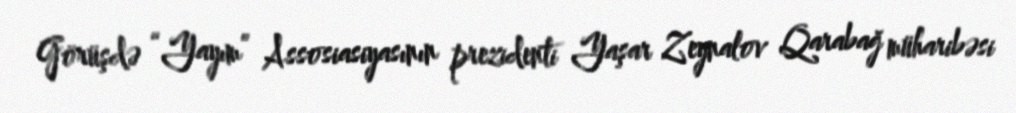
Görüşdə “Yayım” Assosiasiyasının prezidenti Yaşar Zeynalov Qarabağ müharibəsi